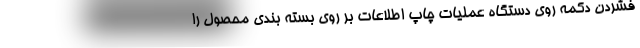
فشردن دکمه روی دستگاه عملیات چاپ اطلاعات بر روی بسته بندی محصول را